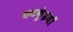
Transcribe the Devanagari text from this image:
कटकुंइयाँ